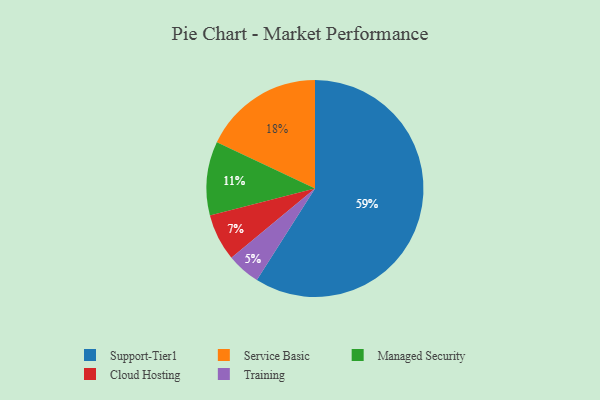
{"axis": {"x": "Category", "y": "Percentage"}, "legend": ["Cloud Hosting", "Managed Security", "Service Basic", "Support-Tier1", "Training"], "data": [{"x": "Managed Security", "y": 11, "type": "Managed Security"}, {"x": "Cloud Hosting", "y": 7, "type": "Cloud Hosting"}, {"x": "Support-Tier1", "y": 59, "type": "Support-Tier1"}, {"x": "Training", "y": 5, "type": "Training"}, {"x": "Service Basic", "y": 18, "type": "Service Basic"}]}